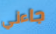
جاءني